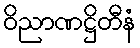
ဝိညာဏဋ္ဌိတီနံ